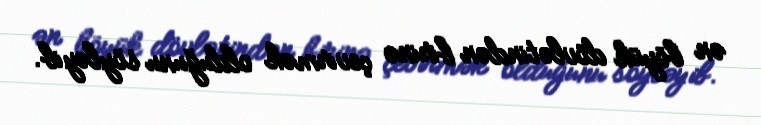
ən böyük dövlətindən birinə çevirmək olduğunu söyləyib.